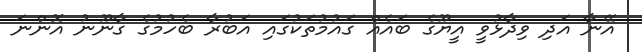
އޭނާ އަދި ވިދާޅުވީ އީޔޫގެ ބައެއް ގައުމުތަކުގައި އަބުރާ ބެހުމުގެ ގާނޫނު އޮންނަ